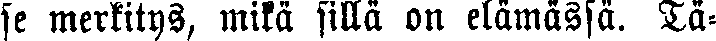
se merkitys, mikä sillä on elämässä. Tä-